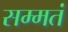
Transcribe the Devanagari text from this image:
सम्मतं